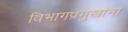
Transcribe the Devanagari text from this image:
विभागप्रमुखांना